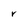
Character: r